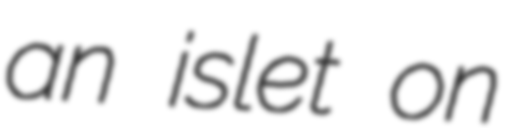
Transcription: an islet on